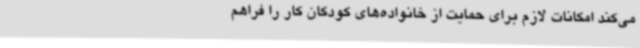
می‌کند امکانات لازم برای حمایت از خانواده‌های کودکان کار را فراهم